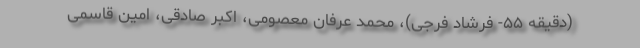
(دقیقه ۵۵- فرشاد فرجی)، محمد عرفان معصومی، اکبر صادقی، امین قاسمی